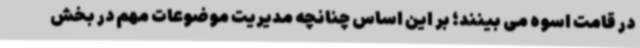
در قامت اسوه می بینند؛ بر این اساس چنانچه مدیریت موضوعات مهم در بخش